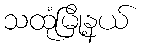
သထုံမြို့နယ်